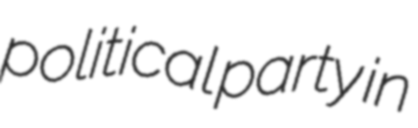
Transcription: political party in